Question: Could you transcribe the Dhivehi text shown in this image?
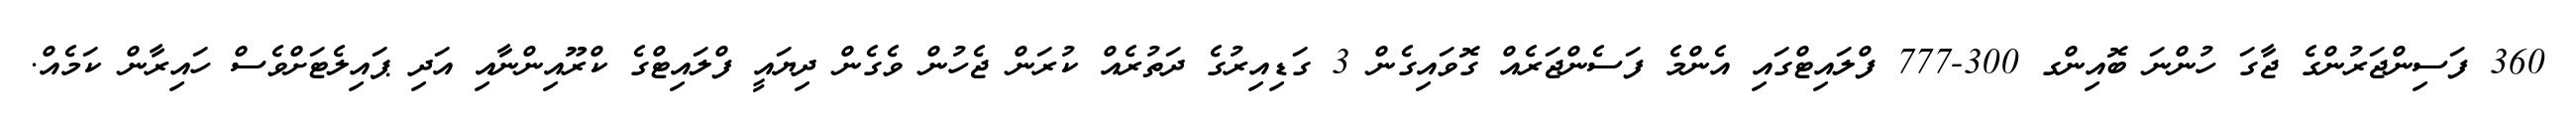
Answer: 360 ފަސިންޖަރުންގެ ޖާގަ ހުންނަ ބޮއިންގ 300-777 ފްލައިޓްގައި އެންމެ ފަސެންޖަރެއް ގޮވައިގެން 3 ގަޑިއިރުގެ ދަތުރެއް ކުރަން ޖެހުން ވެގެން ދިޔައީ ފްލައިޓްގެ ކްރޫއިންނާއި އަދި ޕައިލެޓަށްވެސް ހައިރާން ކަމެއް.